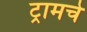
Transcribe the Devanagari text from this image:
ट्रामचे